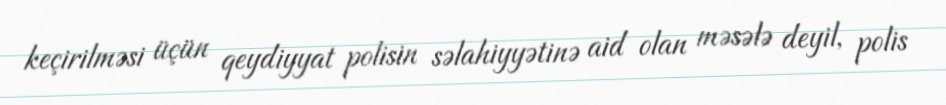
keçirilməsi üçün qeydiyyat polisin səlahiyyətinə aid olan məsələ deyil, polis